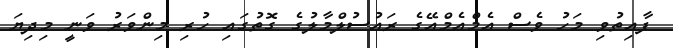
ފާއިތުވި މަހު ވެސް އެމްއެމްއޭގެ ރައުސުލްމާލުގެ ގޮތުގައި ހުރި މިންވަރު ވަނީ މިދިޔަ